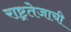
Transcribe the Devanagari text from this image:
राष्ट्रतेजाची